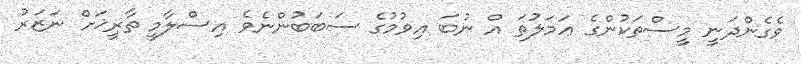
ވެގެންދަނީ މީސްތަކުންގެ ޢަމަލުތަ އް ނުބަ އިވުމުގެ ސަބަބުންނެވެ އިސްލާމީ ތާރީޚަށް ނަޒަރު